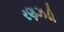
રણઝડી